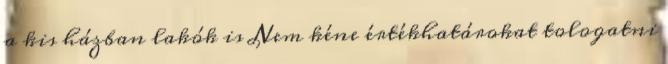
a kis házban lakók is Nem kéne értékhatárokat tologatni